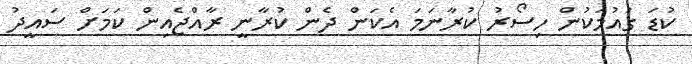
ކުޑަ ގައުމަކުން ހިސޯރު ކުރާނަމަ އެކަން ދެން ކުރާނީ ރާއްޖެއިން ކަމަށް ސައީދު